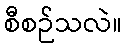
စီစဉ်သလဲ။